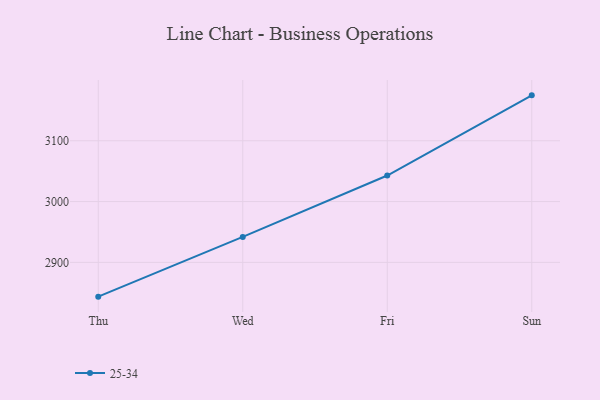
{"axis": {"x": "Day", "y": "Headcount"}, "legend": ["25-34"], "data": [{"x": "Thu", "y": 2843.6, "type": "25-34"}, {"x": "Wed", "y": 2941.8, "type": "25-34"}, {"x": "Fri", "y": 3042.8, "type": "25-34"}, {"x": "Sun", "y": 3174.7, "type": "25-34"}]}